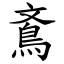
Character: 鴍